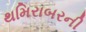
થમિરાબરની